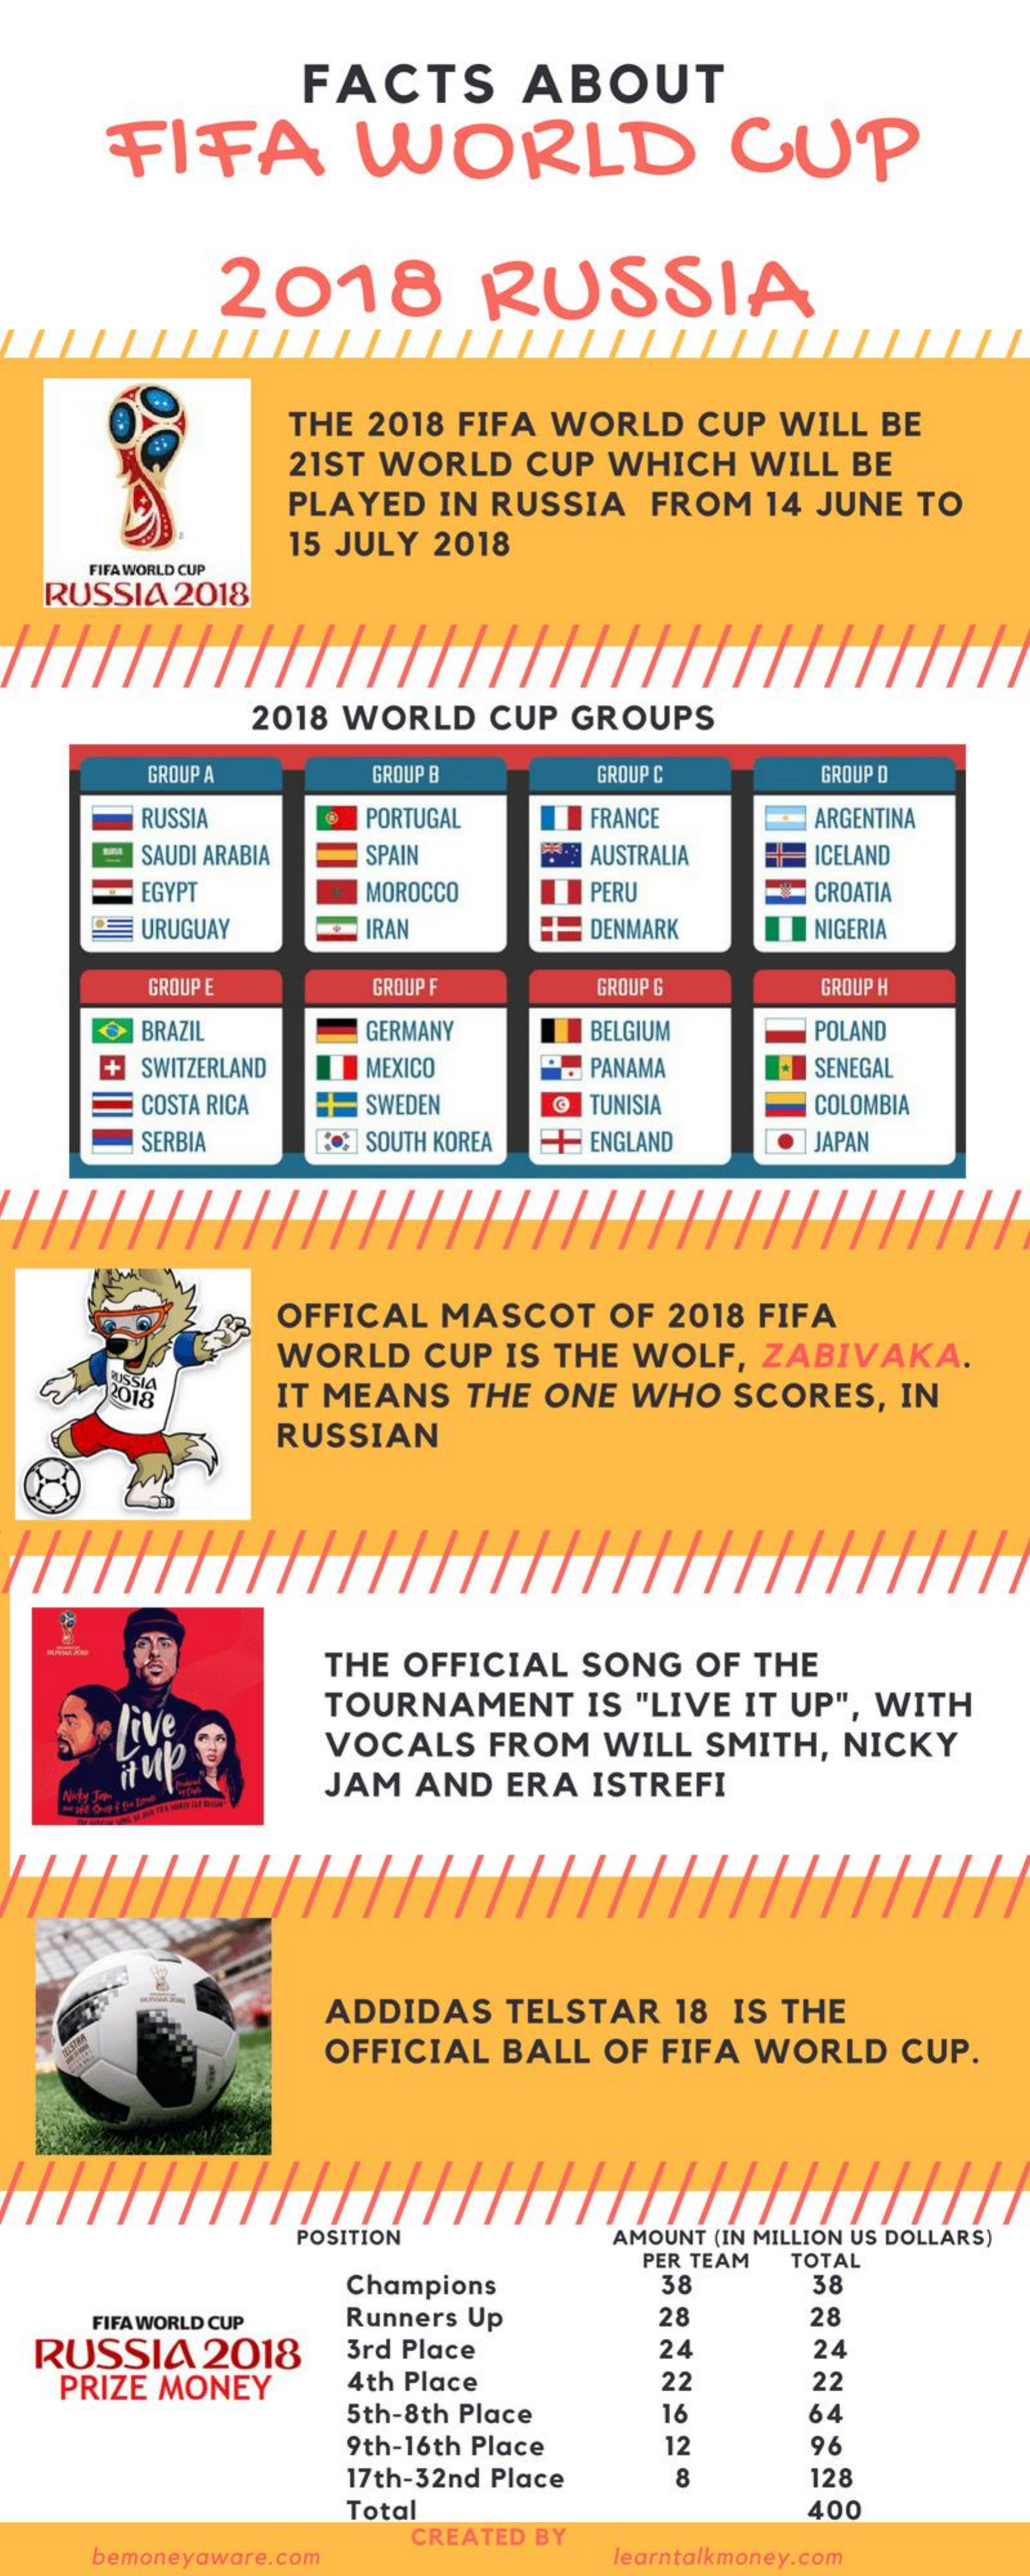
FACTS    ABOUT
     FIFA    WORLD    CUP
     2018    RUSSIA
     THE 2018 FIFA WORLD CUP WILL BE
     21ST WORLD  CUP WHICH  WILL BE
     PLAYED IN RUSSIA  FROM 14 JUNE TO
     15 JULY 2018
     FIFA WORLD CUP
   RUSSIA 2018
     2018 WORLD CUP GROUPS
     GROUP A    GROUP B    GROUP C    GROUP D
     RUSSIA    PORTUGAL   FRANCE    ARGENTINA
     SAUDI ARABIA SPAIN    AUSTRALIA  ICELAND
     EGYPT    MOROCCO    PERU    CROATIA
     URUGUAY    IRAN    DENMARK    NIGERIA
     GROUP E    GROUP F    GROUP G    GROUP H
     BRAZIL    GERMANY    BELGIUM    POLAND
     + SWITZERLAND MEXICO    PANAMA    SENEGAL
     COSTA RICA SWEDEN    TUNISIA    COLOMBIA
     SERBIA    SOUTH KOREA ENGLAND   JAPAN
     OFFICAL MASCOT  OF 2018 FIFA
     WORLD  CUP IS THE WOLF, ZABIVAKA.
     2018    IT MEANS THE ONE WHO  SCORES, IN
     RUSSIAN
     THE OFFICIAL SONG OF THE
     Live
     TOURNAMENT   IS "LIVE IT UP", WITH
     VOCALS  FROM WILL SMITH, NICKY
     JAM AND  ERA ISTREFI
     ADDIDAS  TELSTAR 18 IS THE
     OFFICIAL BALL OF FIFA WORLD CUP.
     POSITION    AMOUNT (IN MILLION US DOLLARS)
     PER TEAM TOTAL
     Champions    38    38
     FIFA WORLD CUP Runners Up  28    28
  RUSSIA  2018   3rd Place    24    24
   PRIZE MONEY   4th Place    22    22
     5th-8th Place  16    64
     9th-16th Place  12    96
     17th-32nd Place 8    128
     Total    400
     bemoneyaware.com
     CREATED BY
     learntalkmoney.com